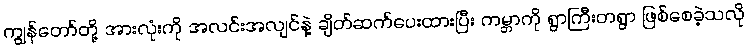
ကျွန်တော်တို့ အားလုံးကို အလင်းအလျင်နဲ့ ချိတ်ဆက်ပေးထားပြီး ကမ္ဘာကို ရွာကြီးတရွာ ဖြစ်စေခဲ့သလို